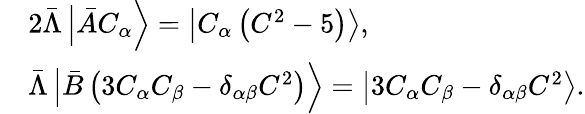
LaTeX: \begin{array}{rl}&{2\bar{\Lambda}\left|\bar{A}C_{\alpha}\right\rangle=\left|C_{\alpha}\left({C^{2}}-{5}\right)\right\rangle,}\\ &{\bar{\Lambda}\left|\bar{B}\left(3C_{\alpha}C_{\beta}-\delta_{\alpha\beta}C^{2}\right)\right\rangle=\left|3C_{\alpha}C_{\beta}-\delta_{\alpha\beta}C^{2}\right\rangle.}\end{array}